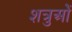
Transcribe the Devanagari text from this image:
शत्रुओें